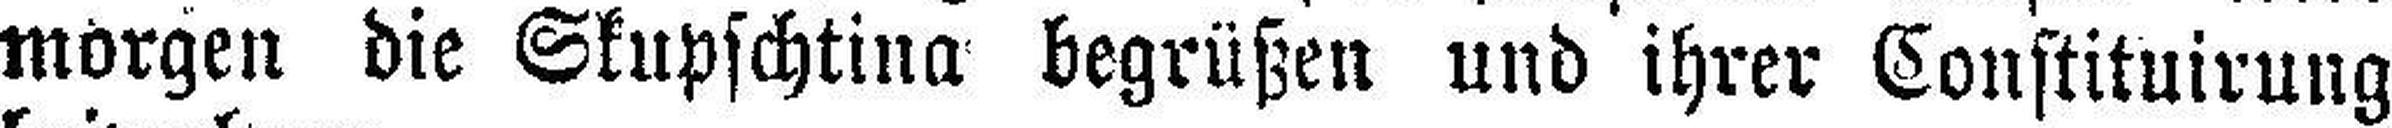
morgen die Skupschtina begrüßen und ihrer Constituirung